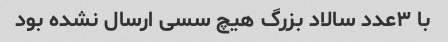
با ۳عدد سالاد بزرگ هیچ سسی ارسال نشده بود